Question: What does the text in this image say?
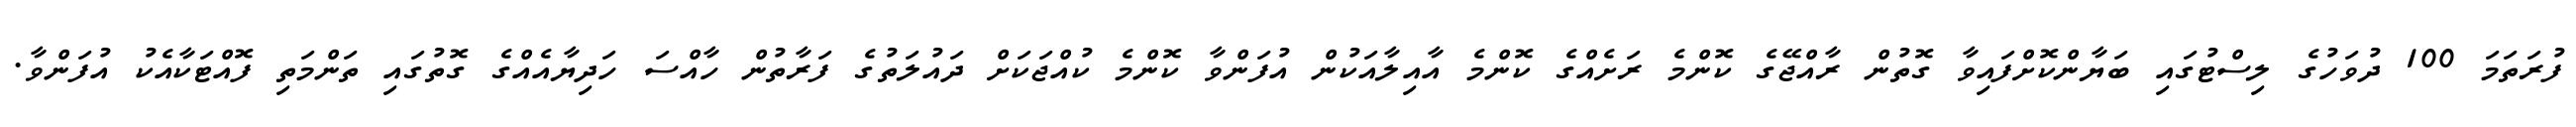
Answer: ފުރަތަމަ 100 ދުވަހުގެ ލިސްޓުގައި ބަޔާންކޮށްފައިވާ ގޮތުން ރާއްޖޭގެ ކޮންމެ ރަށެއްގެ ކޮންމެ އާއިލާއަކުން އުފަންވާ ކޮންމެ ކުއްޖަކަށް ދައުލަތުގެ ފަރާތުން ހާއްސަ ހަދިޔާއެއްގެ ގޮތުގައި ތަންމަތި ފޮއްޓަކާއެކު އުފަންވާ.